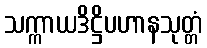
သက္ကာယဒိဋ္ဌိပဟာနသုတ္တံ